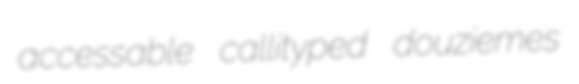
accessable callityped douziemes